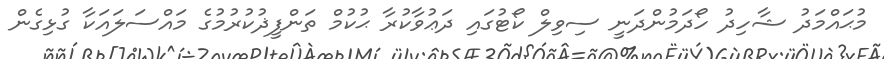
މުޙައްމަދު ޝާހިދު ހޯދަމުންދަނީ ސިވިލް ކޯޓުގައި ދަޢުވާކުރާ ޙުކުމް ތަންފީޛުކުރުމުގެ މައްސަލައަކާ ގުޅިގެން